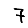
Digit: 7